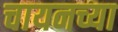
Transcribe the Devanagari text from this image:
चायनच्या